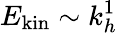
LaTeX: E_{\mathrm{kin}}\sim k_{h}^{1}